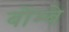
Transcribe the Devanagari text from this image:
बोंम्बे